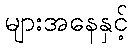
များအနေနှင့်